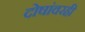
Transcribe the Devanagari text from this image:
दोषांवरही